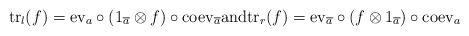
LaTeX: \begin{align*}{\rm tr}_{l}(f)={\rm ev}_{a}\circ (1_{\overline{a}}\otimes f)\circ {\rm coev}_{\overline{a}}\textrm{and} {\rm tr}_{r}(f)={\rm ev}_{\overline{a}}\circ (f\otimes 1_{\overline{a}})\circ {\rm coev}_{a}\end{align*}